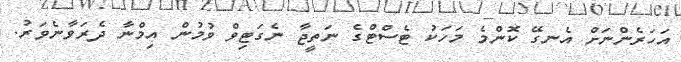
އަހަރެންނަށް އެނގޭ ކޮންމެ މަހަކު ޓެސްޓްގެ ނަތީޖާ ނެގަޓިވް ވުމުން އިމްނާ ދެރަވާނެވަރު.